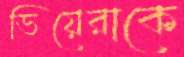
ভিয়েরাকে